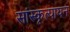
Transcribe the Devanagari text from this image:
सांस्कृत्यायन